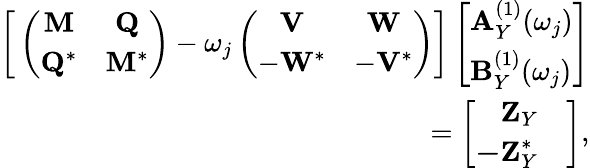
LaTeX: \begin{array}{r}{\bigg[\left(\begin{array}{cc}{\mathbf{M}}&{\mathbf{Q}}\\ {\mathbf{Q}^{*}}&{\mathbf{M}^{*}}\end{array}\right)-\omega_{j}\left(\begin{array}{cc}{\mathbf{V}}&{\mathbf{W}}\\ {-\mathbf{W}^{*}}&{-\mathbf{V}^{*}}\end{array}\right)\bigg]\left[\begin{array}{l}{\mathbf{A}_{Y}^{(1)}(\omega_{j})}\\ {\mathbf{B}_{Y}^{(1)}(\omega_{j})}\end{array}\right]}\\ {=\left[\begin{array}{l}{\begin{array}{rl}{\mathbf{Z}_{Y}}&{}\\ {\mathbf{-Z}_{Y}^{*}}&{}\end{array}}\end{array}\right],}\end{array}